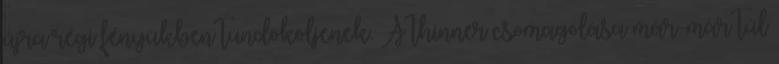
újra régi fényükben tündököljenek. A thinner csomagolása már-már túl